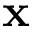
\mathbf { x }